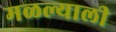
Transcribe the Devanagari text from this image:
मळल्याली